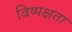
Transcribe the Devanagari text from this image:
विष्पक्षता